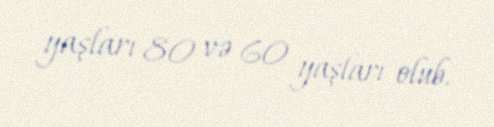
yaşları 80 və 60 yaşları olub.